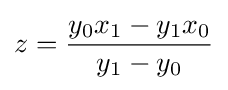
z={\frac {y_{0}x_{1}-y_{1}x_{0}}{y_{1}-y_{0}}}